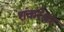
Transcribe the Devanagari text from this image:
शंकरेश्वर